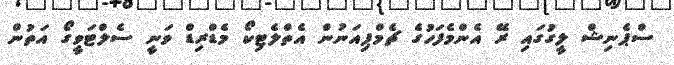
ސްޕެނިޝް ލީގުގައި ރޭ އެންމެފަހުގެ ޗެމްޕިއަނުން އެތްލެޓިކޯ މެޑްރިޑް ވަނީ ސެލްޓަވީގޯ އަތުން